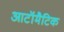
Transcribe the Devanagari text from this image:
आटॉमैटिक